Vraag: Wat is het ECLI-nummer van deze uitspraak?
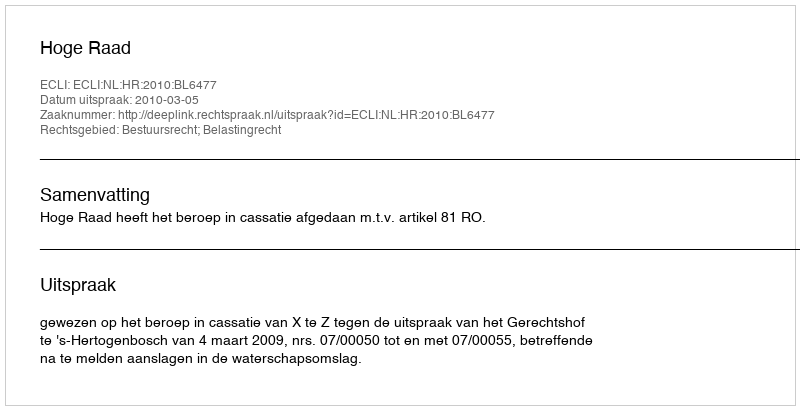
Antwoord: ECLI:NL:HR:2010:BL6477